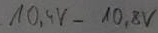
Text: 10,4V-10,8V